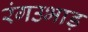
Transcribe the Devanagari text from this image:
रंगउभाड़